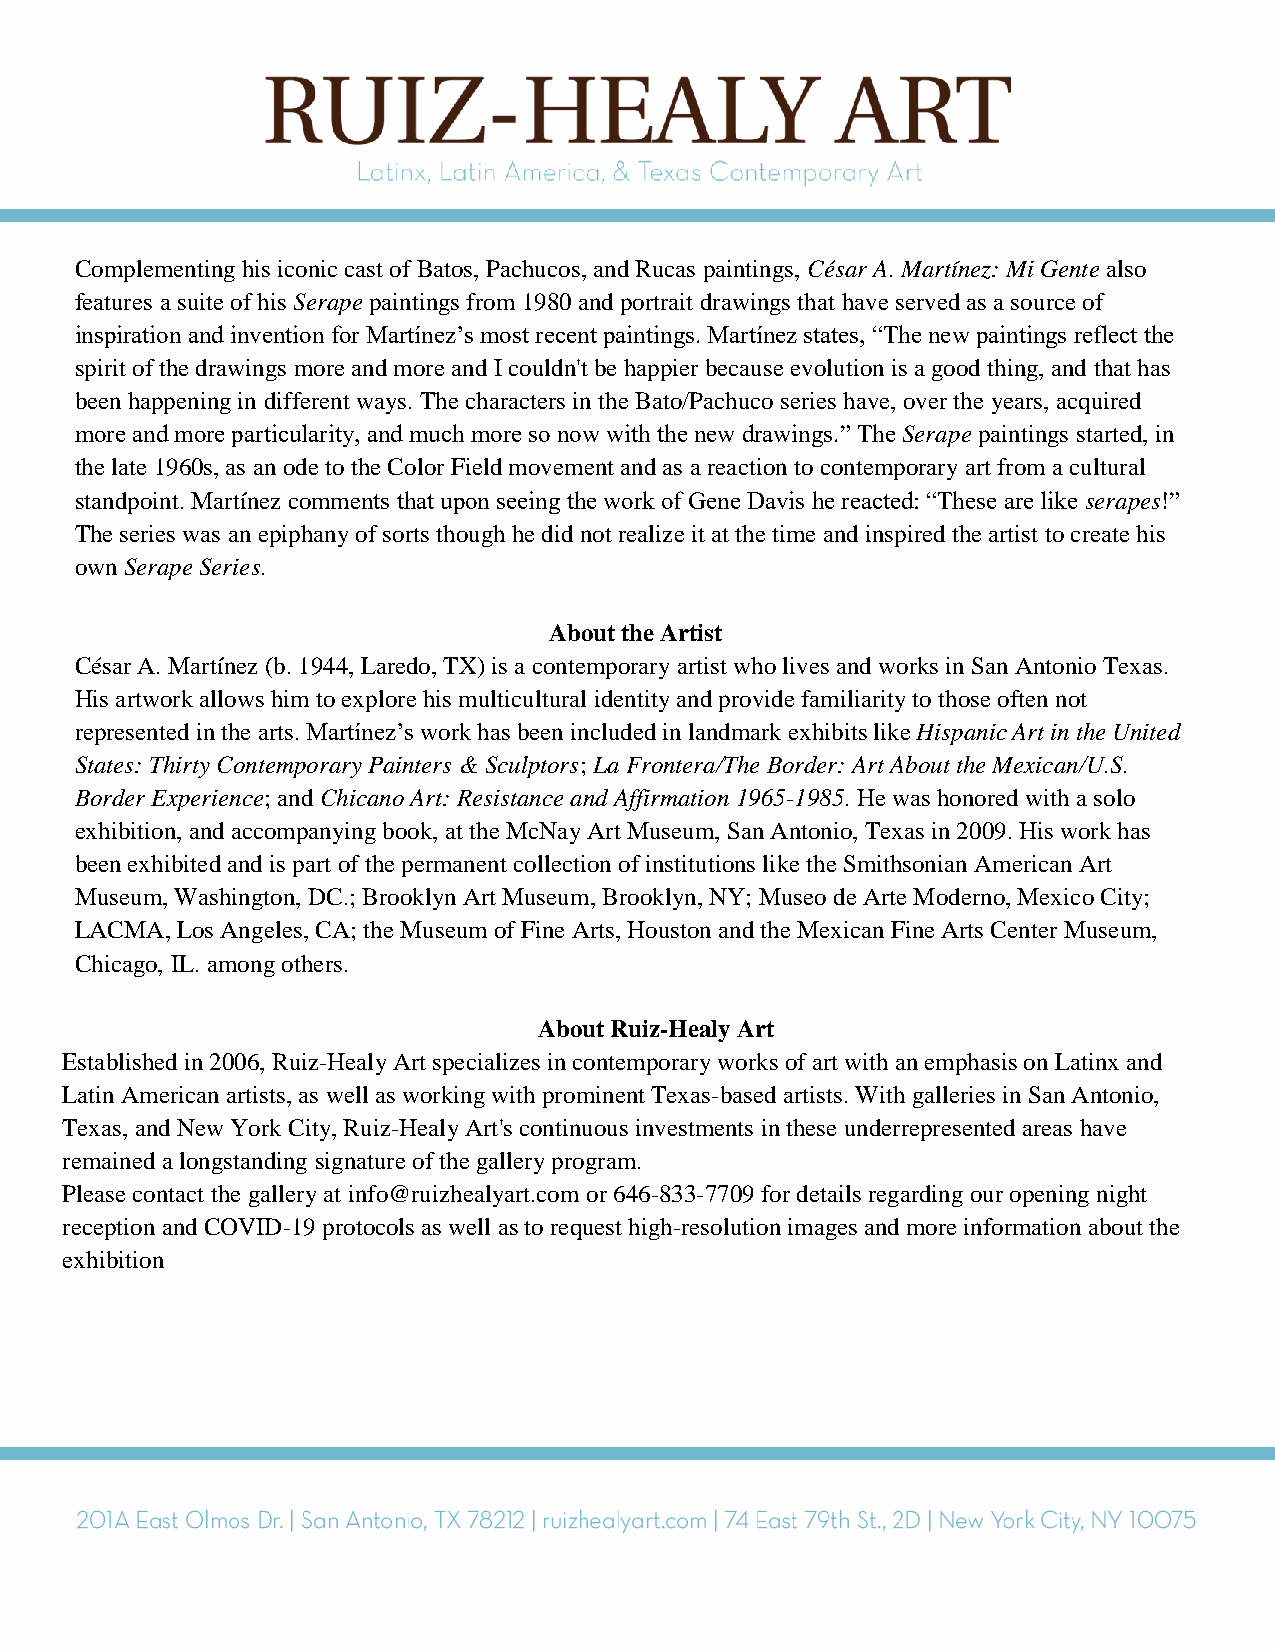
Complementing his iconic cast of Batos, Pachucos, and Rucas paintings, César A. Martínez: Mi Gente also
 features a suite of his Serape paintings from 1980 and portrait drawings that have served as a source of
 inspiration and invention for Martínez’s most recent paintings. Martínez states, “The new paintings reflect the
 spirit of the drawings more and more and I couldn't be happier because evolution is a good thing, and that has
 been happening in different ways. The characters in the Bato/Pachuco series have, over the years, acquired
 more and more particularity, and much more so now with the new drawings.” The Serape paintings started, in
 the late 1960s, as an ode to the Color Field movement and as a reaction to contemporary art from a cultural
 standpoint. Martínez comments that upon seeing the work of Gene Davis he reacted: “These are like serapes!”
 The series was an epiphany of sorts though he did not realize it at the time and inspired the artist to create his
 own Serape Series.
 About the Artist
 César A. Martínez (b. 1944, Laredo, TX) is a contemporary artist who lives and works in San Antonio Texas.
 His artwork allows him to explore his multicultural identity and provide familiarity to those often not
 represented in the arts. Martínez’s work has been included in landmark exhibits like Hispanic Art in the United
 States: Thirty Contemporary Painters & Sculptors; La Frontera/The Border: Art About the Mexican/U.S.
 Border Experience; and Chicano Art: Resistance and Affirmation 1965-1985. He was honored with a solo
 exhibition, and accompanying book, at the McNay Art Museum, San Antonio, Texas in 2009. His work has
 been exhibited and is part of the permanent collection of institutions like the Smithsonian American Art
 Museum, Washington, DC.; Brooklyn Art Museum, Brooklyn, NY; Museo de Arte Moderno, Mexico City;
 LACMA, Los Angeles, CA; the Museum of Fine Arts, Houston and the Mexican Fine Arts Center Museum,
 Chicago, IL. among others.
 About Ruiz-Healy Art
 Established in 2006, Ruiz-Healy Art specializes in contemporary works of art with an emphasis on Latinx and
 Latin American artists, as well as working with prominent Texas-based artists. With galleries in San Antonio,
 Texas, and New York City, Ruiz-Healy Art's continuous investments in these underrepresented areas have
 remained a longstanding signature of the gallery program.
 Please contact the gallery at info@ruizhealyart.com or 646-833-7709 for details regarding our opening night
 reception and COVID-19 protocols as well as to request high-resolution images and more information about the
 exhibition